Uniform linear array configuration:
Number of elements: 32
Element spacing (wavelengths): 1
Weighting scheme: hamming
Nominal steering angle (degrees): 60
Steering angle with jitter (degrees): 58.475
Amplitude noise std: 0.05
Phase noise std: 0.05

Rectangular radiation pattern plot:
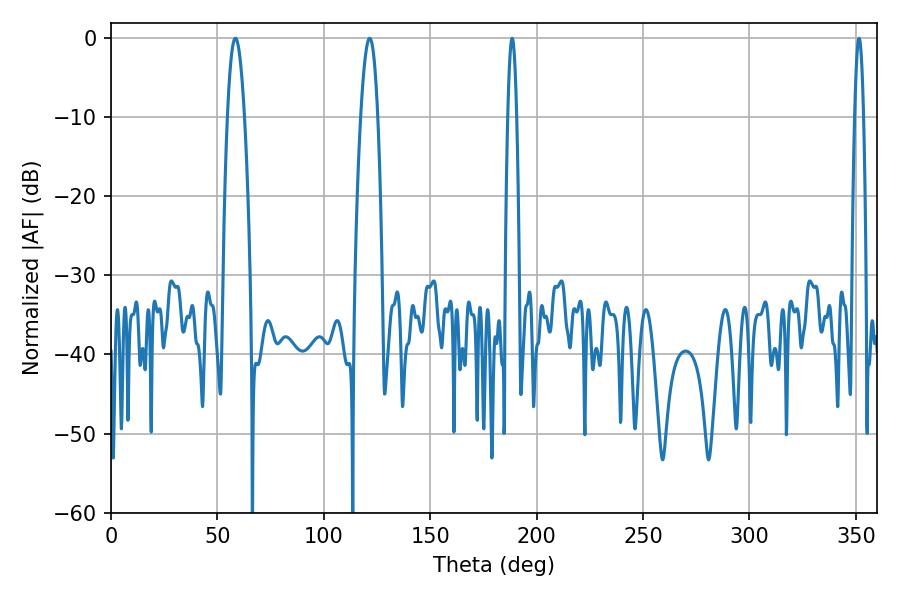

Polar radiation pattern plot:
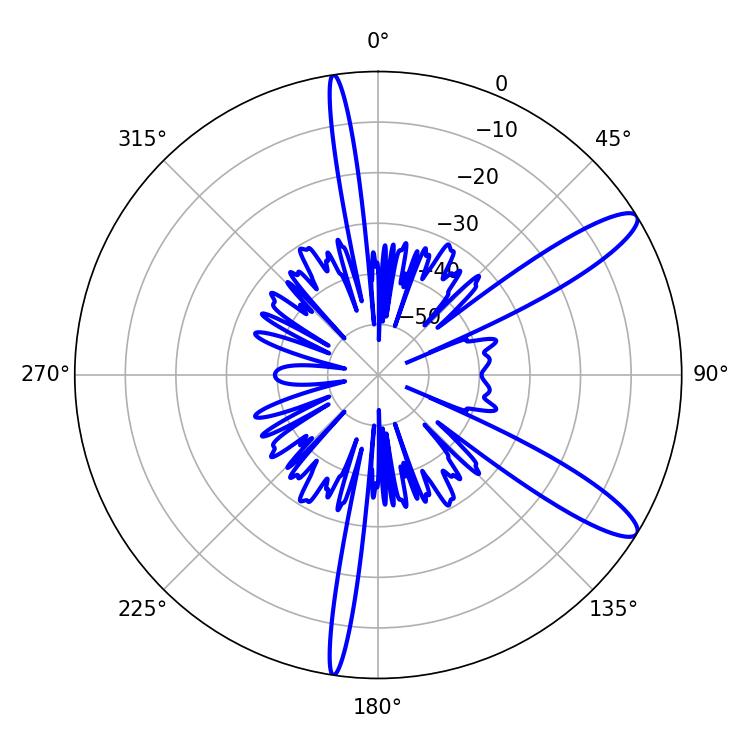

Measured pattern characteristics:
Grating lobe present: TRUE
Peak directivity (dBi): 11.899
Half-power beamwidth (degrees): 4.32
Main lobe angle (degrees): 58.5